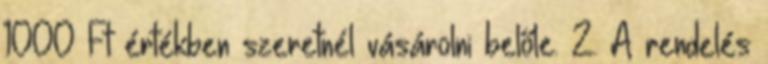
1000 Ft értékben szeretnél vásárolni belőle. 2. A rendelés